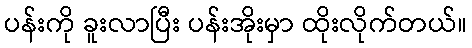
ပန်းကို ခူးလာပြီး ပန်းအိုးမှာ ထိုးလိုက်တယ်။